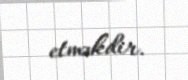
etməkdir.